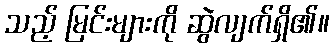
သည့် မြင်းများကို ဆွဲလျက်ရှိ၏။